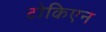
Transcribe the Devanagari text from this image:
टोकिएन